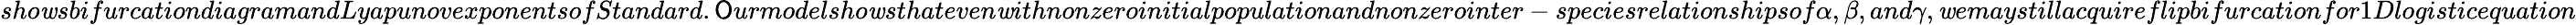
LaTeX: sho\mathit{w}sbifurcationdiagramandLyapunovexponentsofStandard.\mathsf{O}urmodelsho\mathit{w}sthateven\mathit{w}ithnonzeroinitialpopulationandnonzerointer-speciesrelationshipsof\alpha,\beta,and\gamma,\mathit{w}emaystillacquireflipbifurcationfor1Dlogisticequation